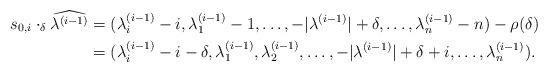
LaTeX: \begin{align*}s_{0,i}\cdot_\delta\widehat{\lambda^{(i-1)}}&=(\lambda_i^{(i-1)}-i,\lambda^{(i-1)}_1-1,\dots,-|\lambda^{(i-1)}|+\delta,\dots,\lambda^{(i-1)}_n-n)-\rho(\delta)\\&=(\lambda_i^{(i-1)}-i-\delta,\lambda^{(i-1)}_1,\lambda^{(i-1)}_2,\dots,-|\lambda^{(i-1)}|+\delta+i,\dots,\lambda^{(i-1)}_n).\end{align*}